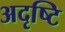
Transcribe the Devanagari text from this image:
अदृष्टि